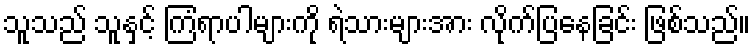
သူသည် သူနှင့် ကြံရာပါများကို ရဲသားများအား လိုက်ပြနေခြင်း ဖြစ်သည်။